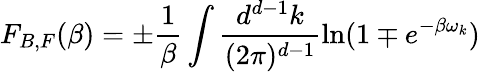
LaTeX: F_{B,F}(\beta)=\pm\frac{1}{\beta}\int\frac{d^{d-1}k}{(2\pi)^{d-1}}\ln(1\mp e^{-\beta\omega_{k}})